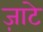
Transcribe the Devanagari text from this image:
ज़ाटे